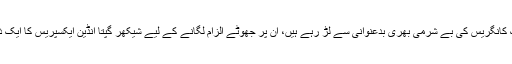
اس میں کوئی شک نہیں ہے کہ جو لوگ کانگریس کی بے شرمی بھری بدعنوانی سے لڑ رہے ہیں، ان پر جھوٹے الزام لگانے کے لیے شیکھر گپتا انڈین ایکسپریس کا ایک ذریعہ کے طور پر استعمال کر تے ہیں۔